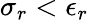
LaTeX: \sigma_{r}<\epsilon_{r}